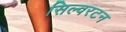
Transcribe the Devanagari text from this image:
सिल्वरटन